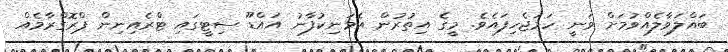
ބައްލަވާލެއްވުމަށް ވަނީ ހަމަޖެހިފައެވެ. މީގެ އިތުރުން އެމަނިކުފާނު އައްޑޫ ސިޓީގައި ޓްރެއިނިން ޕްރޮގްރާމެއް